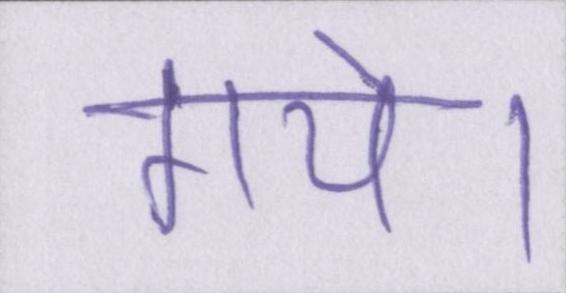
गये।